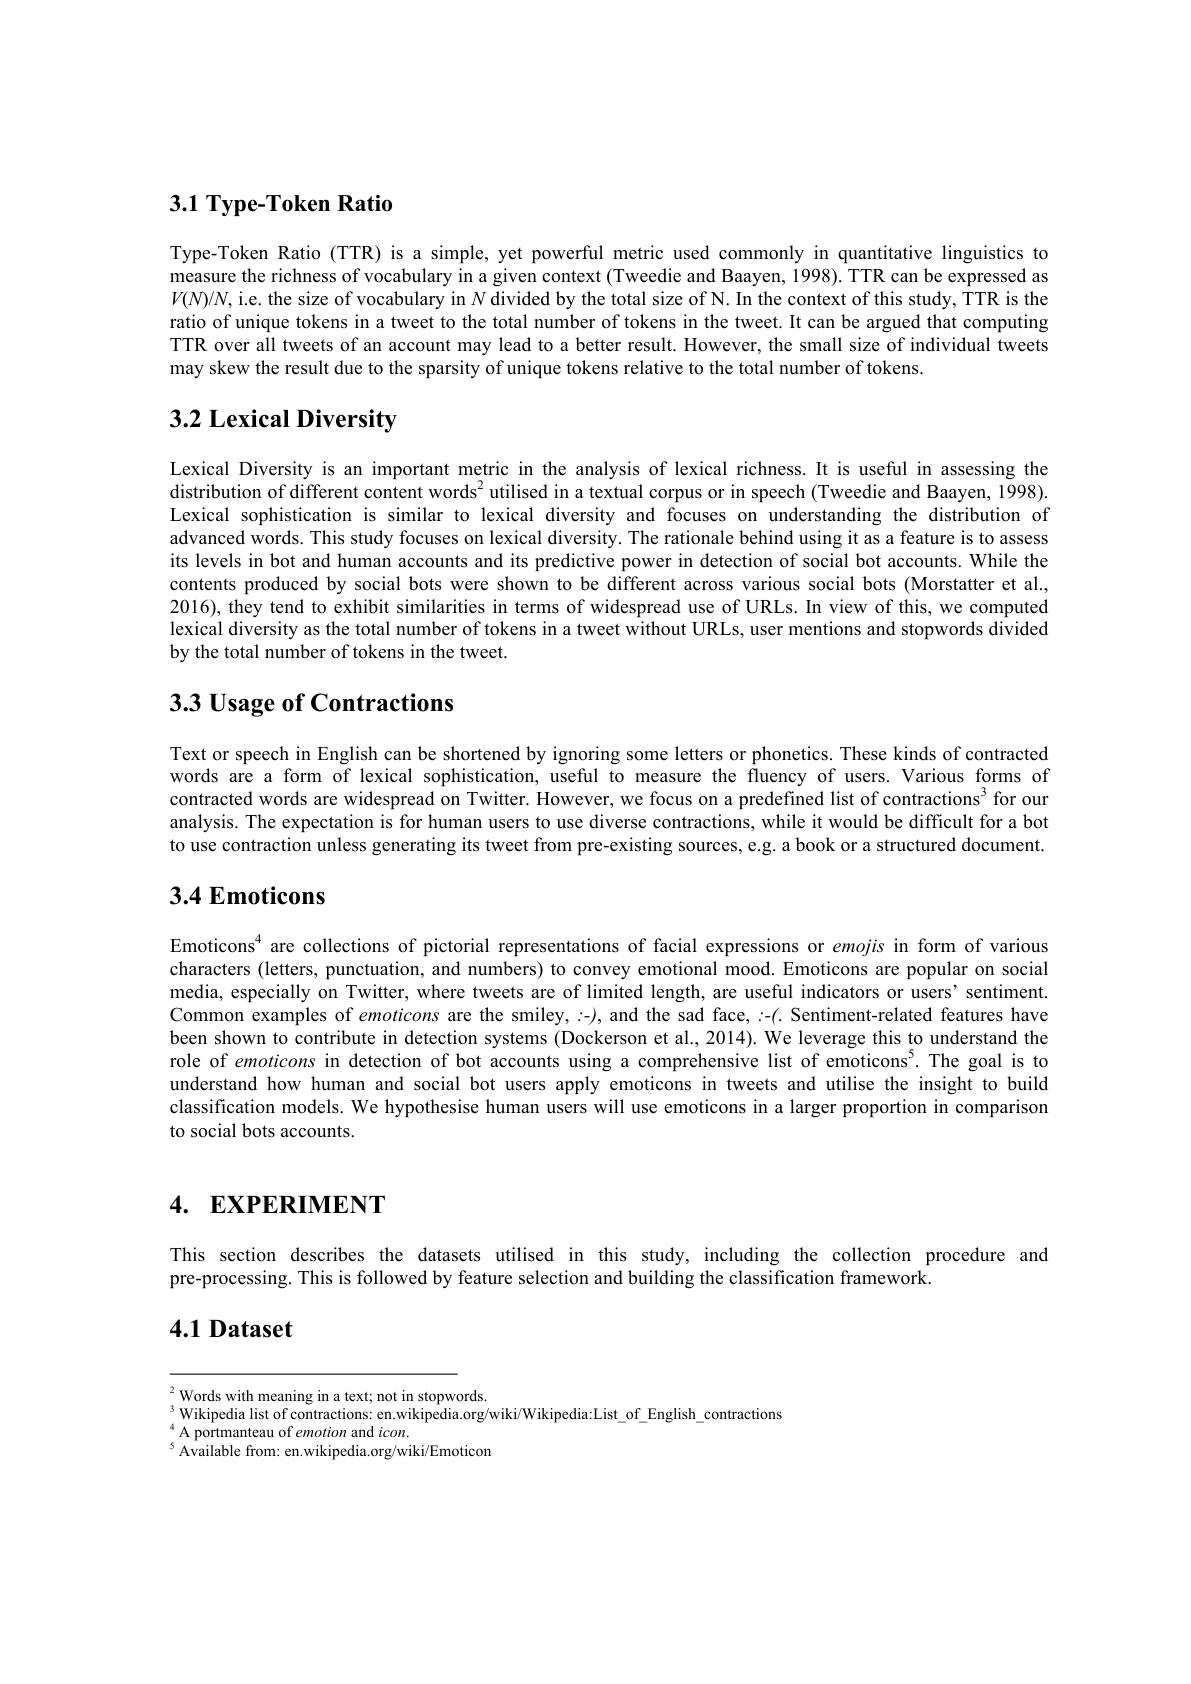
# 3.1 Type-Token Ratio

Type-Token Ratio (TTR) is a simple, yet powerful metric used commonly in quantitative linguistics to measure the richness of vocabulary in a given context (Tweedie and Baayen, 1998). TTR can be expressed as $V(N)/N$, i.e. the size of vocabulary in $N$ divided by the total size of N. In the context of this study, TTR is the ratio of unique tokens in a tweet to the total number of tokens in the tweet. It can be argued that computing TTR over all tweets of an account may lead to a better result. However, the small size of individual tweets may skew the result due to the sparsity of unique tokens relative to the total number of tokens.

# 3.2 Lexical Diversity

Lexical Diversity is an important metric in the analysis of lexical richness. It is useful in assessing the distribution of different content words$^2$ utilised in a textual corpus or in speech (Tweedie and Baayen, 1998). Lexical sophistication is similar to lexical diversity and focuses on understanding the distribution of advanced words. This study focuses on lexical diversity. The rationale behind using it as a feature is to assess its levels in bot and human accounts and its predictive power in detection of social bot accounts. While the contents produced by social bots were shown to be different across various social bots (Morstatter et al., 2016), they tend to exhibit similarities in terms of widespread use of URLs. In view of this, we computed lexical diversity as the total number of tokens in a tweet without URLs, user mentions and stopwords divided by the total number of tokens in the tweet.

# $3. 3\textbf{ Usage of Contractions}$

Text or speech in English can be shortened by ignoring some letters or phonetics. These kinds of contracted words are a form of lexical sophistication, useful to measure the fluency of users. Various forms of contracted words are widespread on Twitter. However, we focus on a predefined list of contractions$^{3}$ for our analysis. The expectation is for human users to use diverse contractions, while it would be difficult for a bot to use contraction unless generating its tweet from pre-existing sources, e.g. a book or a structured document. 3.4 Emoticons

Emoticons$^{4}$ are collections of pictorial representations of facial expressions or emojis in form of various characters (letters, punctuation, and numbers) to convey emotional mood. Emoticons are popular on social media, especially on Twitter, where tweets are of limited length, are useful indicators or users' sentiment. Common examples of emoticons are the smiley,:-), and the sad face,:-(. Sentiment-related features have been shown to contribute in detection systems (Dockerson et al., 2014). We leverage this to understand the role of emoticons in detection of bot accounts using a comprehensive list of emoticons$^{5}.$ The goal is to understand how human and social bot users apply emoticons in tweets and utilise the insight to build classification models. We hypothesise human users will use emoticons in a larger proportion in comparison to social bots accounts.

# 4. EXPERIMENT

This section describes the datasets utilised in this study, including the collection procedure and
pre-processing. This is followed by feature selection and building the classification framework.
4.1 Dataset

$^2$Words with meaning in a text; not in stopwords
$_{4}^{3}$Wikipedia list of contractions: en.wikipedia.org/wiki/Wikipedia:List\_of\_English\_contractions
$^{4}$ A portmanteau of emotion and $icon.$
$^{5}{\text{Available from: en.wikipedia.org/wiki/Emoticon}}$